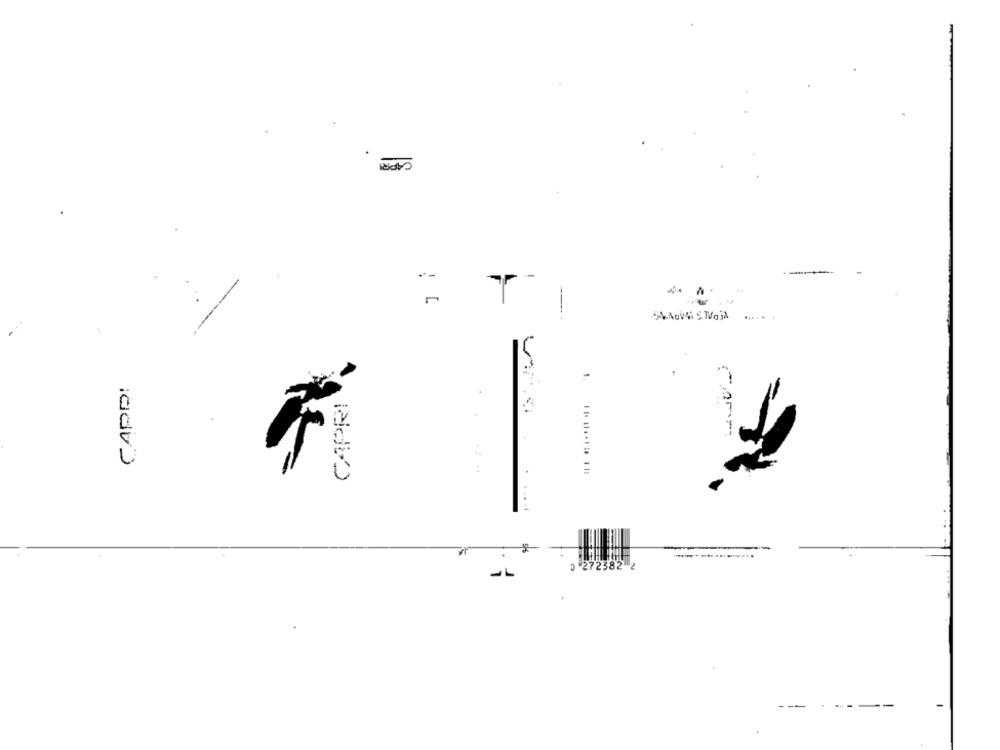
CAPRI
٠٠َ
1
-L